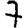
Digit: 7